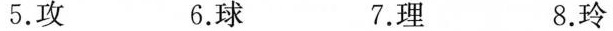
5.攻 6.球 7.理 8.玲